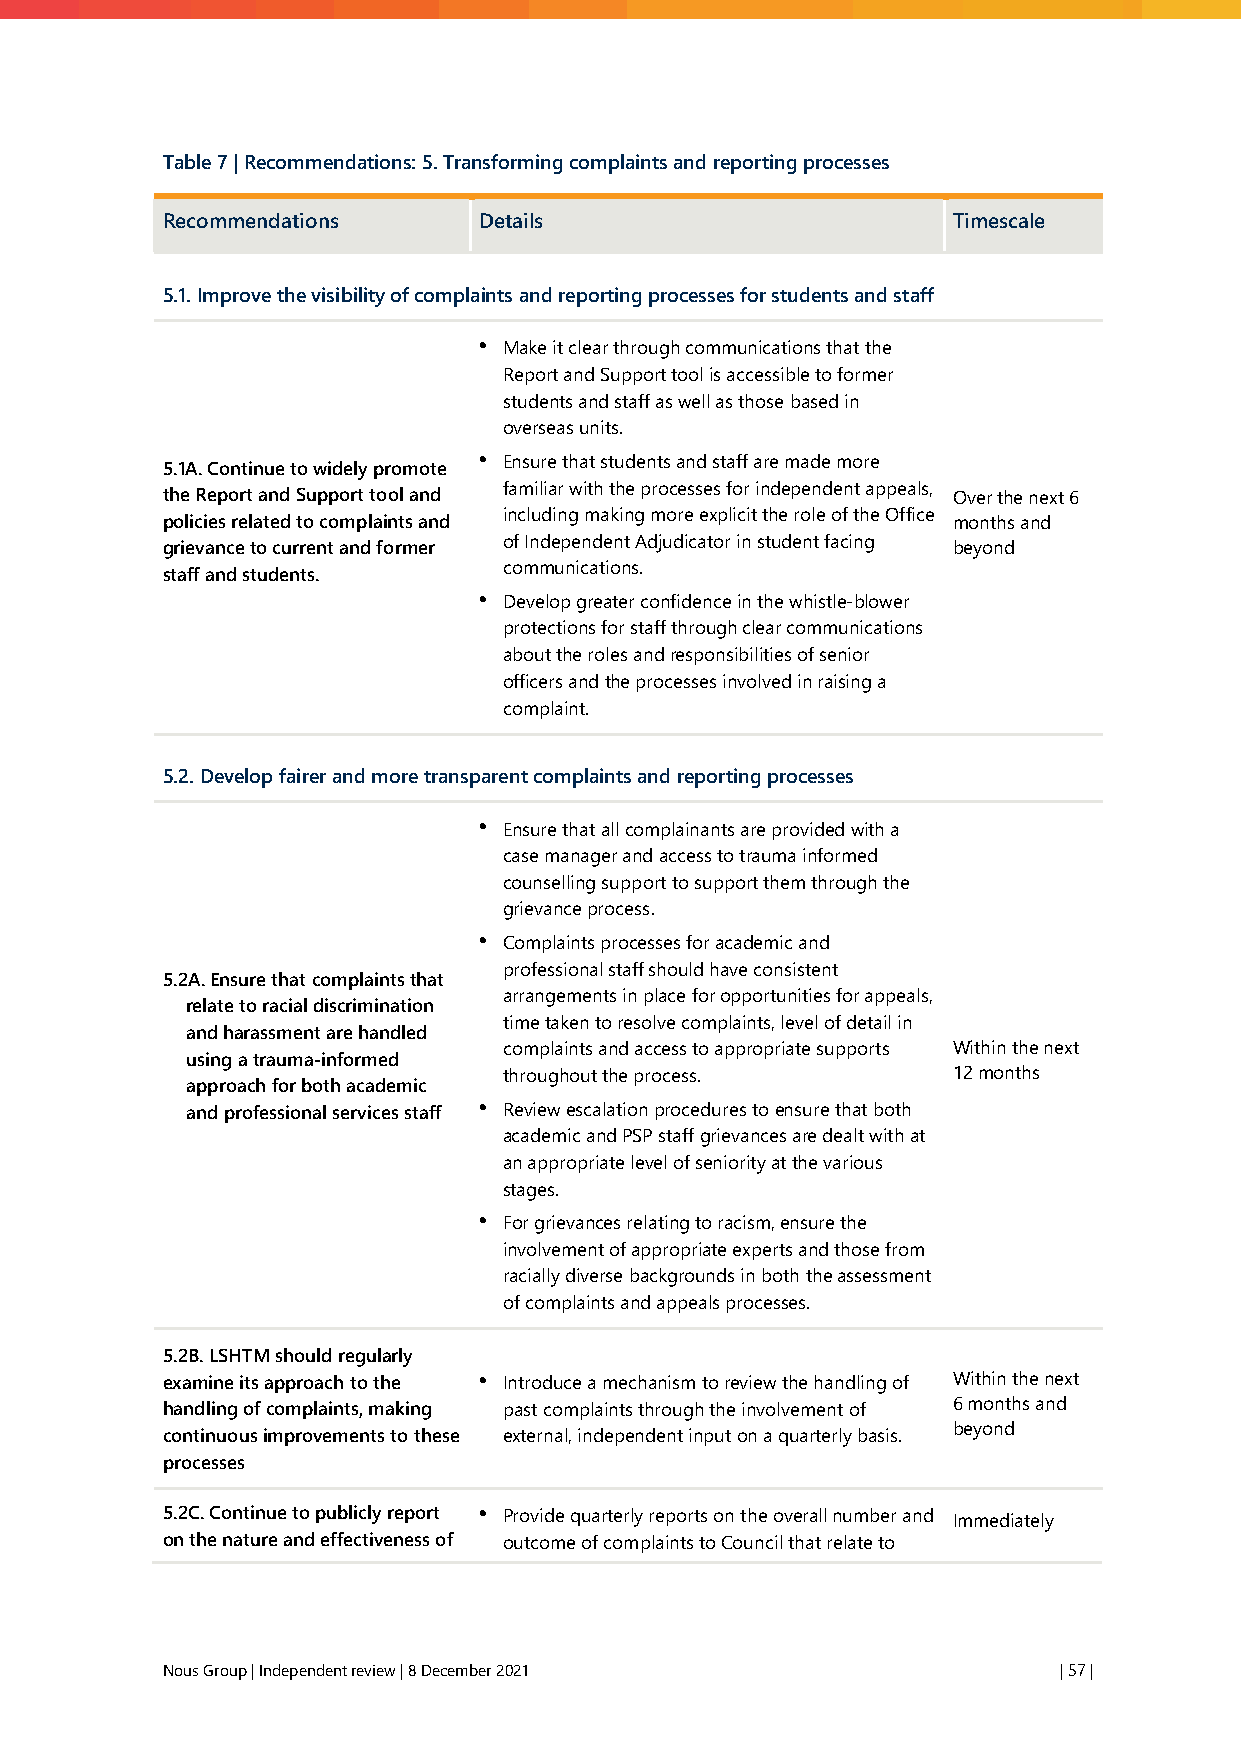
Table 7 | Recommendations: 5. Transforming complaints and reporting processes
 Recommendations      Details                        Timescale
 5.1. Improve the visibility of complaints and reporting processes for students and staff
 • Make it clear through communications that the
 Report and Support tool is accessible to former
 students and staff as well as those based in
 overseas units.
 • Ensure that students and staff are made more
 5.1A. Continue to widely promote
 familiar with the processes for independent appeals,
 the Report and Support tool and                     Over the next 6
 including making more explicit the role of the Office
 policies related to complaints and                  months and
 grievance to current and former of Independent Adjudicator in student facing beyond
 communications.
 staff and students.
 • Develop greater confidence in the whistle-blower
 protections for staff through clear communications
 about the roles and responsibilities of senior
 officers and the processes involved in raising a
 complaint.
 5.2. Develop fairer and more transparent complaints and reporting processes
 • Ensure that all complainants are provided with a
 case manager and access to trauma informed
 counselling support to support them through the
 grievance process.
 • Complaints processes for academic and
 professional staff should have consistent
 5.2A. Ensure that complaints that
 arrangements in place for opportunities for appeals,
 relate to racial discrimination
 time taken to resolve complaints, level of detail in
 and harassment are handled
 complaints and access to appropriate supports Within the next
 using a trauma-informed
 throughout the process.       12 months
 approach for both academic
 and professional services staff • Review escalation procedures to ensure that both
 academic and PSP staff grievances are dealt with at
 an appropriate level of seniority at the various
 stages.
 • For grievances relating to racism, ensure the
 involvement of appropriate experts and those from
 racially diverse backgrounds in both the assessment
 of complaints and appeals processes.
 5.2B. LSHTM should regularly
 examine its approach to the • Introduce a mechanism to review the handling of Within the next
 handling of complaints, making past complaints through the involvement of 6 months and
 beyond
 continuous improvements to these external, independent input on a quarterly basis.
 processes
 5.2C. Continue to publicly report • Provide quarterly reports on the overall number and Immediately
 on the nature and effectiveness of outcome of complaints to Council that relate to
 Nous Group | Independent review | 8 December 2021          | 57 |